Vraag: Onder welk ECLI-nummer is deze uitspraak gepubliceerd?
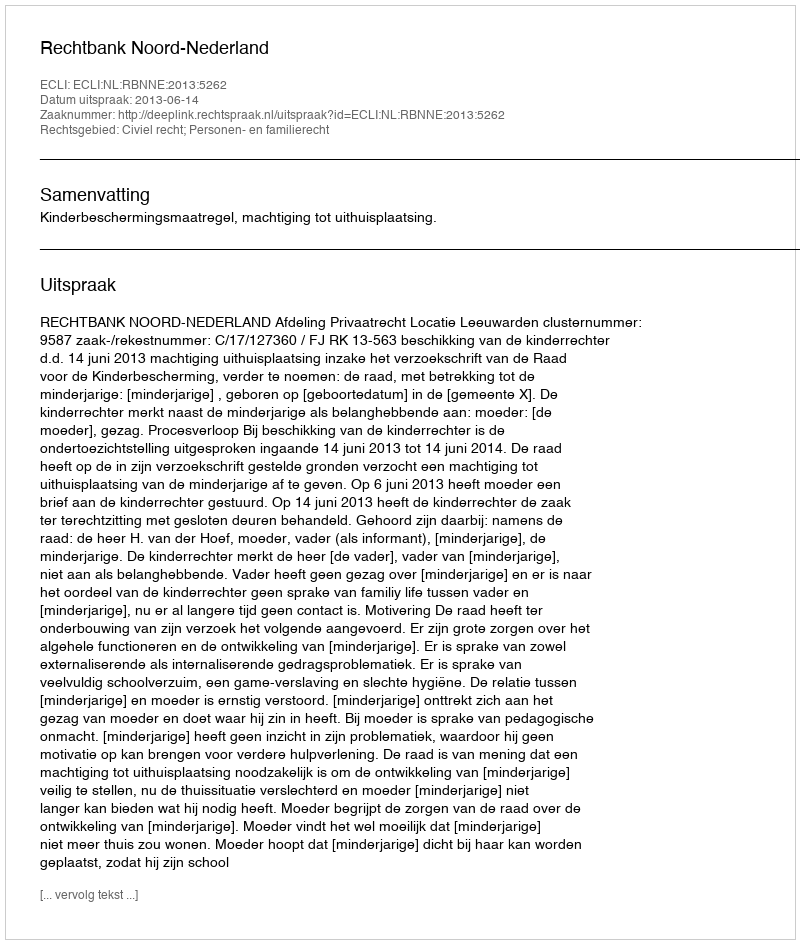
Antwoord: ECLI:NL:RBNNE:2013:5262